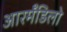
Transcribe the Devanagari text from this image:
आरर्मॅडिलो